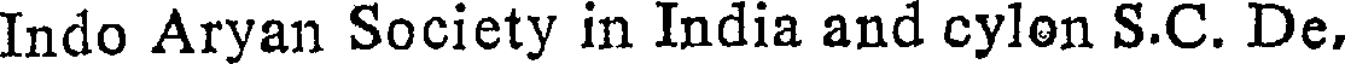
Indo Aryan Society in India and cylon S.C. De.